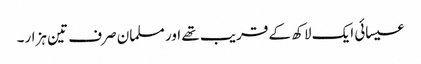
عیسائی ایک لاکھ کے قریب تھے اور مسلمان صرف تین ہزار۔